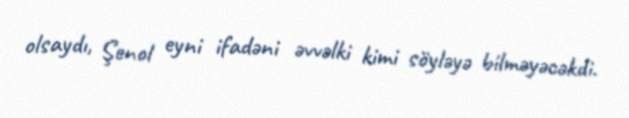
olsaydı, Şenol eyni ifadəni əvvəlki kimi söyləyə bilməyəcəkdi.